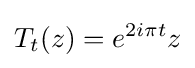
T_{t}(z)=e^{2i\pi t}z